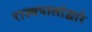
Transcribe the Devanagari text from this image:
राज्यपालांद्वारे